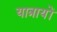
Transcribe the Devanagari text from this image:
यात्रायों